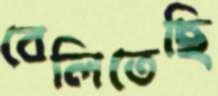
বেলিতেছি